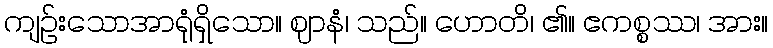
ကျဉ်းသောအာရုံရှိသော။ ဈာနံ၊ သည်။ ဟောတိ၊ ၏။ ဧကစ္စဿ၊ အား။